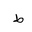
Letter: _da